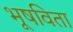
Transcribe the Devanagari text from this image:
भूषविता